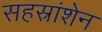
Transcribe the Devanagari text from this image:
सहस्रांशेन